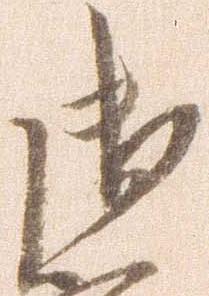
御